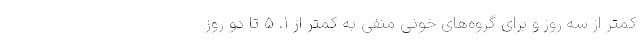
کمتر از سه روز و برای گروه‌های خونی منفی به کمتر از ۱. ۵ تا دو روز